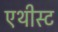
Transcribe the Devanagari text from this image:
एथीस्ट